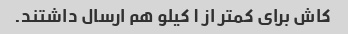
کاش برای کمتر از ۱ کیلو هم ارسال داشتند.